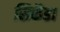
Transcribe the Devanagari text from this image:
सिकॅडा